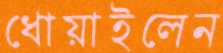
ধোয়াইলেন